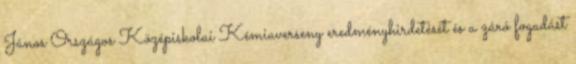
János Országos Középiskolai Kémiaverseny eredményhirdetését és a záró fogadást